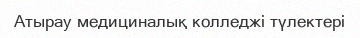
Атырау медициналық колледжі түлектері